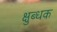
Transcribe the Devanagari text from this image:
क्षुब्धक